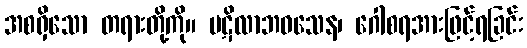
အစရှိသော တရားတို့ကို။ ပဋိလာဘဝသေန၊ ဂေါစရအားဖြင့်ရခြင်း